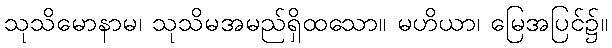
သုသိမောနာမ၊ သုသိမအမည်ရှိထသော။ မဟိယာ၊ မြေအပြင်၌။